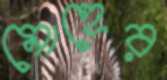
মোহের